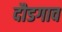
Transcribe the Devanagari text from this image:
दौडगाव